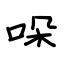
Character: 哚